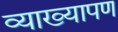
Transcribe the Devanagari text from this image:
व्याख्यापण